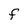
Character: F